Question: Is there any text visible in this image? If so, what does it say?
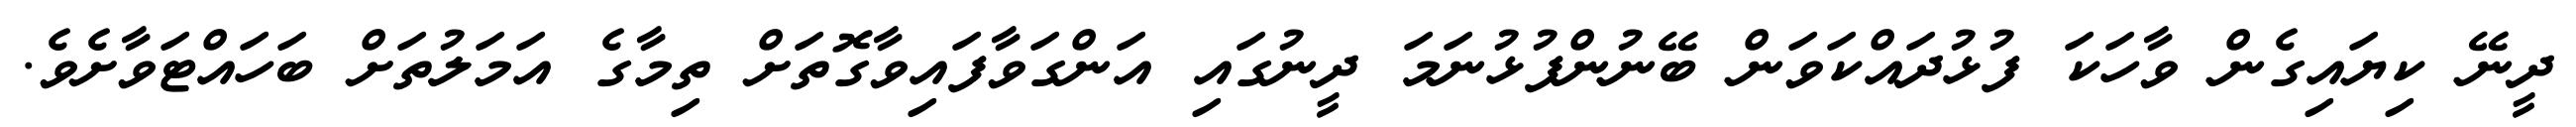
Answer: ދީނޭ ކިޔައިގެން ވާހަކަ ފުޅުދައްކަވަން ބޭނުންފުޅުނަމަ ދީނުގައި އަންގަވާފައިވާގޮތަށް ތިމާގެ އަމަލުތަށް ބަހައްޓަވާށެވެ.